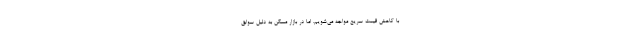
با کاهش قیمت سریع مواجه می‌شویم. اما در بازار مسکن به دلیل سوابق